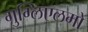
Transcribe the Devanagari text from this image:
गुग्लिएलमो